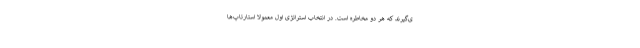
ی‌گیرند که هر دو مخاطره است. در انتخاب استراتژی اول معمولا استارتاپ‌ها